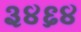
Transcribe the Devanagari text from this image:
३४६४